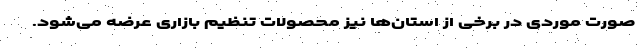
صورت موردی در برخی از استان‌ها نیز محصولات تنظیم بازاری عرضه می‌شود.